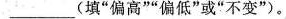
___(填”偏高””偏低”或”不变”)。(填”偏高””偏低”或”不变”)。